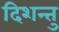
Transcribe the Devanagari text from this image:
दिशन्तु